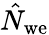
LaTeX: \hat{N}_{\mathrm{we}}